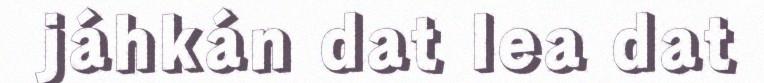
jáhkán dat lea dat